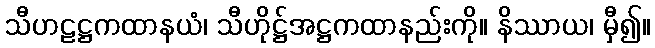
သီဟဠဋ္ဌကထာနယံ၊ သီဟိုဋ္ဌ်အဋ္ဌကထာနည်းကို။ နိဿာယ၊ မှီ၍။